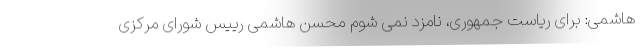
هاشمی: برای ریاست جمهوری، نامزد نمی شوم محسن هاشمی رییس شورای مرکزی